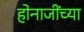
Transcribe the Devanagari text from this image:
होनाजींच्या